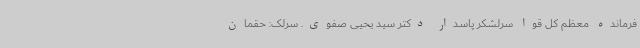
فرمانده معظم کل قوا سرلشکر پاسدار دکتر سید یحیی صفوی. سرلک: حقمان